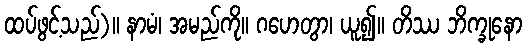
ထပ်ဖွင့်သည်)။ နာမံ၊ အမည်ကို။ ဂဟေတွာ၊ ယူ၍။ တိဿ ဘိက္ခုနော